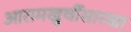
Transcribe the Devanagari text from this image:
आरामखुर्चीसारखा